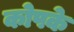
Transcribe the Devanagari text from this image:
कोपके